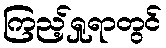
ကြည့်ရှုရာတွင်